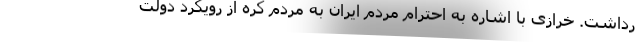
رداشت. خرازی با اشاره به احترام مردم ایران به مردم کره از رویکرد دولت